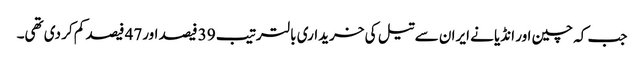
جب کہ چین اور انڈیا نے ایران سے تیل کی خریداری بالترتیب 39 فیصد اور47 فیصد کم کر دی تھی۔